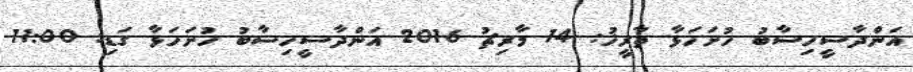
އަންދާސީހިސާބު ހުށަހަޅާ ތާރީޚު: 14 މާރިޗު 2016 އަންދާސީހިސާބު ހުށަހަޅާ ގަޑި: 11:00